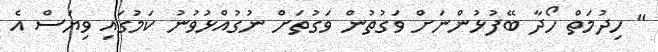
" ހިދުމަތް ހޯދާ ބޭފުޅުންނަށް ވަގުތުން ވަގުތަށް ނުގުއްޅުވުނު ކަމުގައި ވިޔަސް އެ